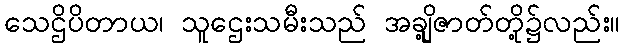
သေဌိပိတာယ၊ သူဌေးသမီးသည် အချို့ဇာတ်တို့၌လည်း။